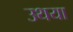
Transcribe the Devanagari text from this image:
उथया